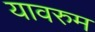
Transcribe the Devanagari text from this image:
यावरुम